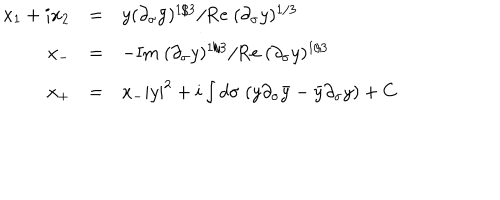
LaTeX: \begin{array} { r c l } { { x _ { 1 } + i x _ { 2 } } } & { { = } } & { { y ( \partial _ { \sigma } \bar { y } ) ^ { 1 / 3 } / \mathrm { R e } \; ( \partial _ { \sigma } y ) ^ { 1 / 3 } } } \\ { { x _ { - } } } & { { = } } & { { - \mathrm { I m } \; ( \partial _ { \sigma } y ) ^ { 1 / 3 } / \mathrm { R e } \; ( \partial _ { \sigma } y ) ^ { 1 / 3 } } } \\ { { x _ { + } } } & { { = } } & { { x _ { - } | y | ^ { 2 } + i \int d \sigma \; ( y \partial _ { \sigma } \bar { y } - \bar { y } \partial _ { \sigma } y ) + C } } \\ \end{array}